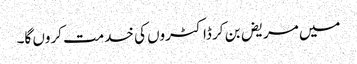
میں مریض بن کر ڈاکٹروں کی خدمت کروں گا۔